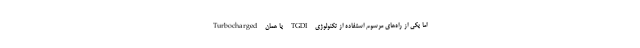
اما یکی از راه‌های مرسوم استفاده از تکنولوژی TGDI یا همان Turbocharged